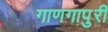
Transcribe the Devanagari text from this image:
गाणगापुरी